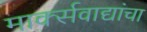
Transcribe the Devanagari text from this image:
मार्क्सवाद्यांचा